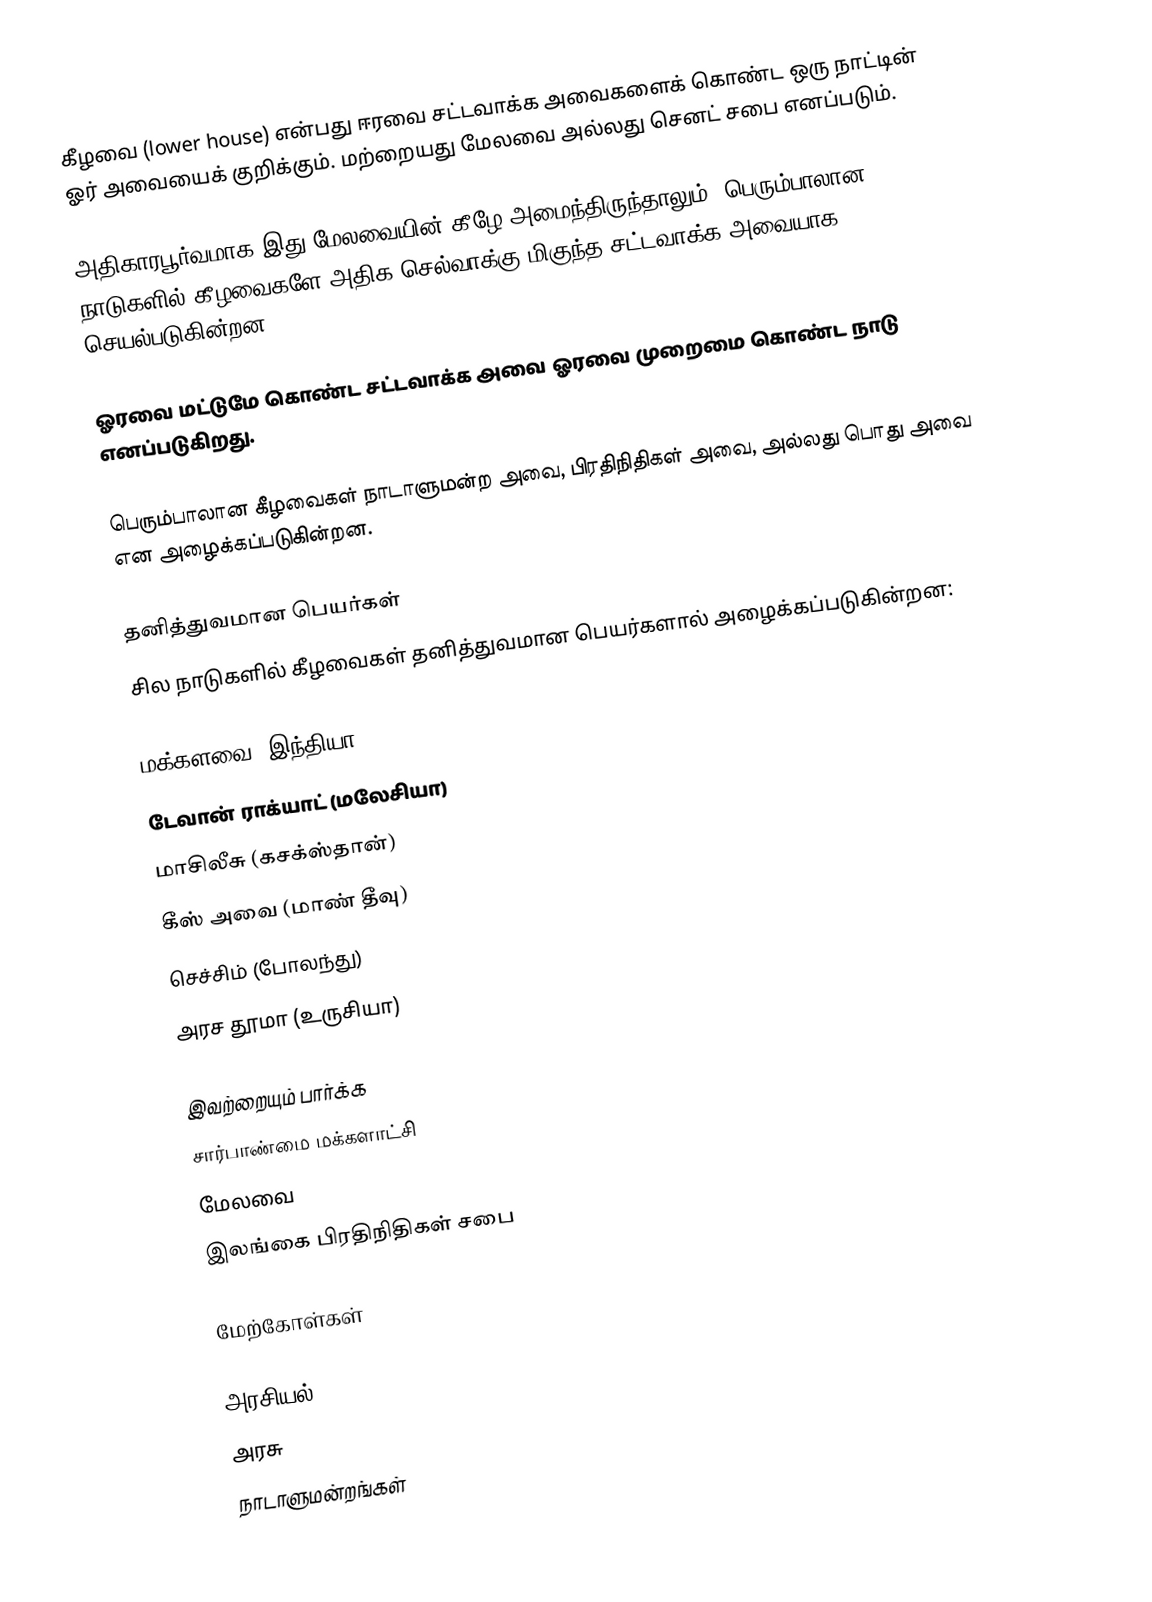
கீழவை (lower house) என்பது ஈரவை சட்டவாக்க அவைகளைக் கொண்ட ஒரு நாட்டின் ஓர் அவையைக் குறிக்கும். மற்றையது மேலவை அல்லது செனட் சபை எனப்படும்.

அதிகாரபூர்வமாக இது மேலவையின் கீழே அமைந்திருந்தாலும், பெரும்பாலான நாடுகளில் கீழவைகளே அதிக செல்வாக்கு மிகுந்த சட்டவாக்க அவையாக செயல்படுகின்றன.

ஓரவை மட்டுமே கொண்ட சட்டவாக்க அவை ஓரவை முறைமை கொண்ட நாடு எனப்படுகிறது.

பெரும்பாலான கீழவைகள் நாடாளுமன்ற அவை, பிரதிநிதிகள் அவை, அல்லது பொது அவை என அழைக்கப்படுகின்றன.

தனித்துவமான பெயர்கள்
சில நாடுகளில் கீழவைகள் தனித்துவமான பெயர்களால் அழைக்கப்படுகின்றன:

மக்களவை (இந்தியா)
டேவான் ராக்யாட் (மலேசியா)
மாசிலீசு (கசக்ஸ்தான்)
கீஸ் அவை (மாண் தீவு)
செச்சிம் (போலந்து)
அரச தூமா (உருசியா)

இவற்றையும் பார்க்க
 சார்பாண்மை மக்களாட்சி
 மேலவை
 இலங்கை பிரதிநிதிகள் சபை

மேற்கோள்கள்

அரசியல்
அரசு
நாடாளுமன்றங்கள்